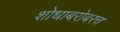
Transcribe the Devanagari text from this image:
शोधाबरोबरच